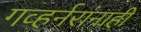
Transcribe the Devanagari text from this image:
गव्हर्नरांनाही